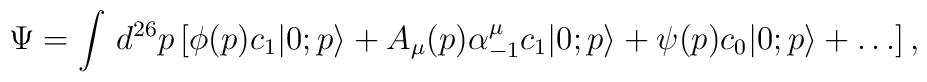
\Psi = \int \, d^{26}p \left[\phi(p) c_1 |0;p\rangle + A_{\mu}(p) \alpha_{-1}^{\mu} c_1 |0;p\rangle + \psi(p) c_0 |0;p\rangle + \ldots\right],